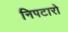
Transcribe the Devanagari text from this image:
निपटारो